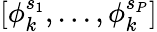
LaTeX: [\phi_{k}^{s_{1}},...,\phi_{k}^{s_{P}}]